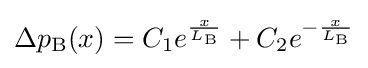
\Delta p_{\text{B}}(x)=C_{1}e^{\frac {x}{L_{\text{B}}}}+C_{2}e^{-{\frac {x}{L_{\text{B}}}}}